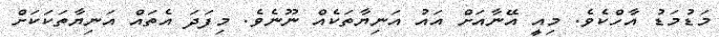
މަޑުމަޑު އާހްކެވެ. މިއީ އޭނާއަށް އައު އަނިޔާތަކެއް ނޫނެވެ. މިފަދަ އެތައް އަނިޔާތަކަކަށް